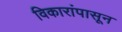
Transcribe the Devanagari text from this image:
विकारांपासून